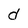
Character: d